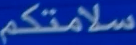
سلامتكم